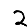
Digit: 2